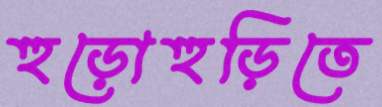
হুড়োহুড়িতে